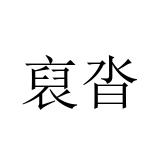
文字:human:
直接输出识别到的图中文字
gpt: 裒沓